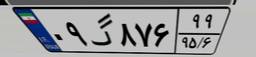
۲۳گ۱۴۵۳۵